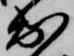
出